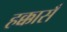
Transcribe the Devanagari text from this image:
हक्कासँ